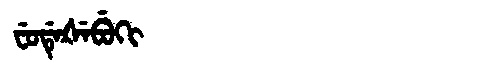
Manchu: ᠸᡠᡩᡝᡧᡝᠪᡠᡴᡳ
Romanization: FUDEŠEBUKI